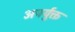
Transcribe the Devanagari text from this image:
अपर्युक्त